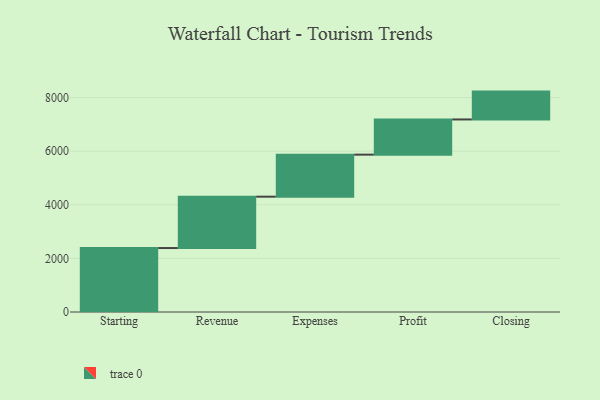
{"axis": {"x": "Step", "y": "Value"}, "legend": [""], "data": [{"x": "Starting", "y": 2386.0, "type": ""}, {"x": "Revenue", "y": 1916.0, "type": ""}, {"x": "Expenses", "y": 1568.0, "type": ""}, {"x": "Profit", "y": 1313.0, "type": ""}, {"x": "Closing", "y": 1039.0, "type": ""}]}